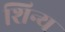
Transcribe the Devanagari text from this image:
शिन्य